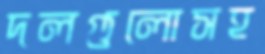
দলগুলোসহ